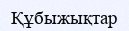
Құбыжықтар